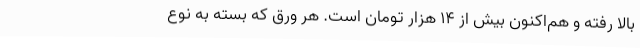
بالا رفته و هم‌اکنون بیش از ۱۴ هزار تومان است. هر ورق که بسته به نوع